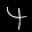
Label: 4